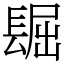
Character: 镼